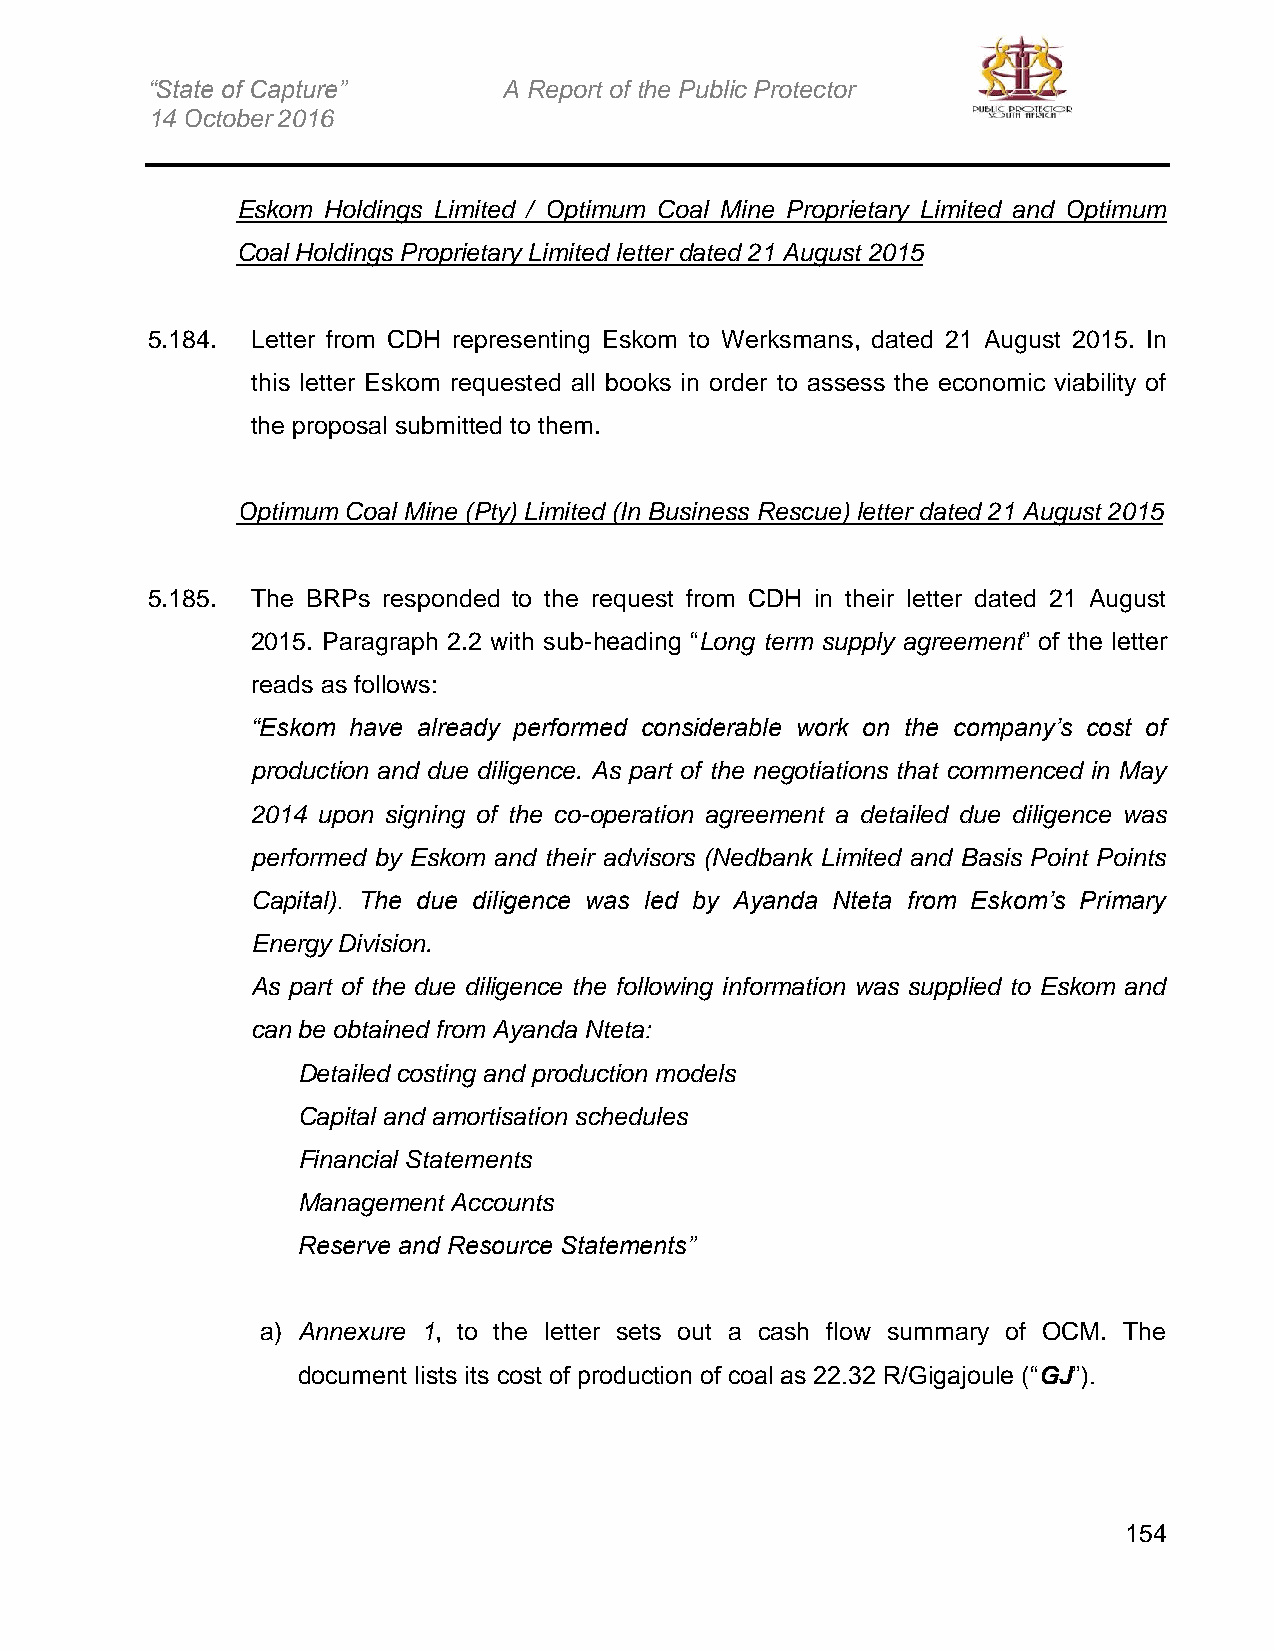
“State of Capture”     A Report of the Public Protector
 14 October 2016
 Eskom Holdings Limited / Optimum Coal Mine Proprietary Limited and Optimum
 Coal Holdings Proprietary Limited letter dated 21 August 2015
 5.184. Letter from CDH representing Eskom to Werksmans, dated 21 August 2015. In
 this letter Eskom requested all books in order to assess the economic viability of
 the proposal submitted to them.
 Optimum Coal Mine (Pty) Limited (In Business Rescue) letter dated 21 August 2015
 5.185. The BRPs responded to the request from CDH in their letter dated 21 August
 2015. Paragraph 2.2 with sub-heading “Long term supply agreement” of the letter
 reads as follows:
 “Eskom have already performed considerable work on the company’s cost of
 production and due diligence. As part of the negotiations that commenced in May
 2014 upon signing of the co-operation agreement a detailed due diligence was
 performed by Eskom and their advisors (Nedbank Limited and Basis Point Points
 Capital). The due diligence was led by Ayanda Nteta from Eskom’s Primary
 Energy Division.
 As part of the due diligence the following information was supplied to Eskom and
 can be obtained from Ayanda Nteta:
 Detailed costing and production models
 Capital and amortisation schedules
 Financial Statements
 Management Accounts
 Reserve and Resource Statements”
 a) Annexure 1, to the letter sets out a cash flow summary of OCM. The
 document lists its cost of production of coal as 22.32 R/Gigajoule (“GJ”).
 154